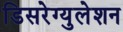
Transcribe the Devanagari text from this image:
डिसरेग्युलेशन